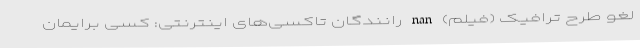
لغو طرح ترافیک (فیلم) nan رانندگان تاکسی‌‌های اینترنتی: کسی برایمان